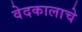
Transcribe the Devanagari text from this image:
वेदकालाचे